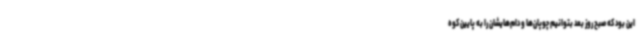
این بود که صبح روز بعد بتوانیم چوپان‌ها و دام‌هایشان را به پایین کوه